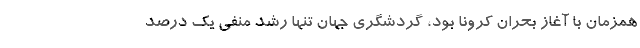
همزمان با آغاز بحران کرونا بود، گردشگری جهان تنها رشد منفی یک درصد